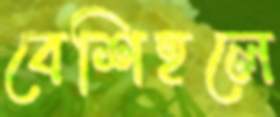
বেশিহলে